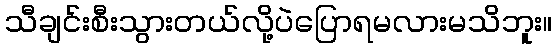
သီချင်းစီးသွားတယ်လို့ပဲပြောရမလားမသိဘူး။